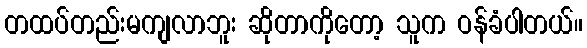
တထပ်တည်းမကျလာဘူး ဆိုတာကိုတော့ သူက ဝန်ခံပါတယ်။